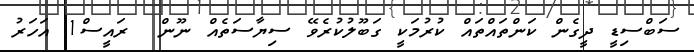
ސަބްސިޑީ ދީގެން ކަންތައްތައް ކުރުމަކީ ގަބޫލުކުރެވޭ ސިޔާސަތެއް ނޫން  ރައީސް1 އަހަރު